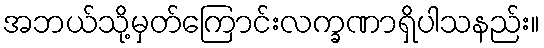
အဘယ်သို့မှတ်ကြောင်းလက္ခဏာရှိပါသနည်း။